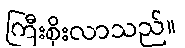
ကြီးစိုးလာသည်။